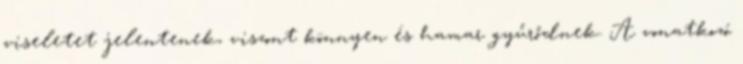
viseletet jelentenek, viszont könnyen és hamar gyűrődnek. A vonatkozó